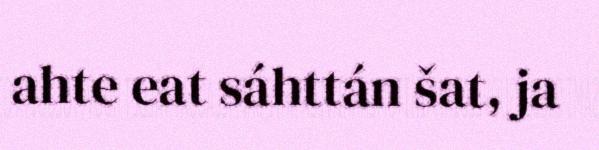
ahte eat sáhttán šat, ja